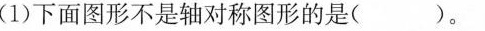
(1)下面图形不是轴对称图形的是( )。